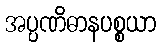
အပ္ပဏိဓာနပစ္စယာ